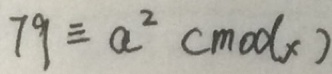
7 9 \equiv a ^ { 2 } ( m o d x )